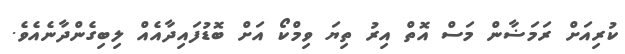
ކުރިއަށް ރަމަޟާން މަސް އޮތް އިރު ތިޔަ ވިމްކޯ އަށް ބޮޑުފައިދާއެއް ލިބިގެންދާނެއެވެ.